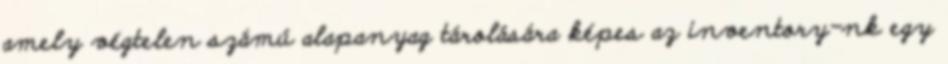
amely végtelen számú alapanyag tárolására képes az inventory-nk egy